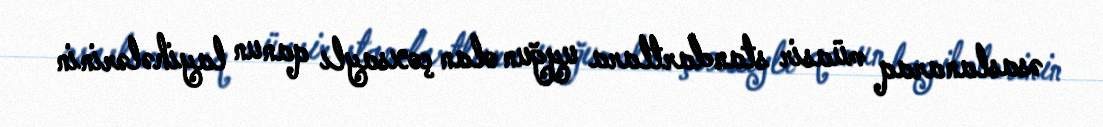
əsaslanaraq müasir standartlara uyğun olan çoxsaylı qanun layihələrinin